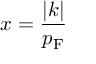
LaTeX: x = { \frac { | k | } { p _ { \mathrm { { F } } } } }